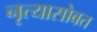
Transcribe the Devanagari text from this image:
नृत्यासोबत